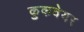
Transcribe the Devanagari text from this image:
कुकवेयर